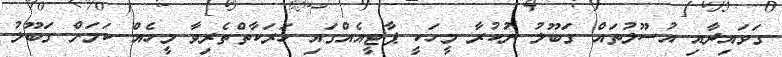
ގަވައިދާއި އުސޫލުތައް ގަބޫލު ނުކުރާ މީހަކީ ޕާޓީއެއްގައި ހަރަކާތްތެރިވާ މީހެއް ކަމަށް ގަބޫލު